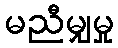
မညီမျှမှု